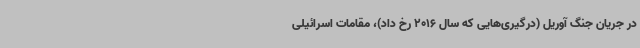
در جریان جنگ آوریل (درگیری‌هایی که سال 2016 رخ داد)، مقامات اسرائیلی